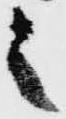
之